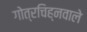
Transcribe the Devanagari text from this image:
गोत्रचिह्नवाले